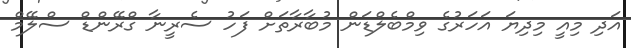
އަދި މިއީ މިދިޔަ އަހަރުގެ ވިމްބެލްޑަން މުބާރާތަށް ފަހު ސެރީނާ ގްރޭންޑް ސްލޭމް